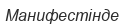
Манифестінде